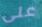
على